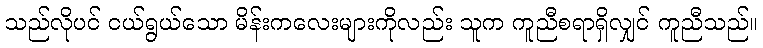
သည်လိုပင် ငယ်ရွယ်သော မိန်းကလေးများကိုလည်း သူက ကူညီစရာရှိလျှင် ကူညီသည်။